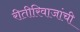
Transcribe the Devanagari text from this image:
रीतीरिवाजांची